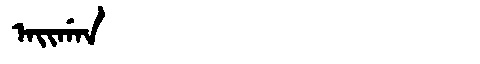
Manchu: ᠠᡳᡤᠠᠨ
Romanization: AIGAN